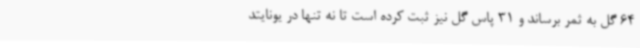
64 گل به ثمر برساند و 31 پاس گل نیز ثبت کرده است تا نه تنها در یونایتد